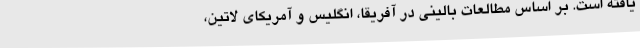
یافته است. بر اساس مطالعات بالینی در آفریقا، انگلیس و آمریکای لاتین،